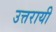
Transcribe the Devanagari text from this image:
उत्तरायी